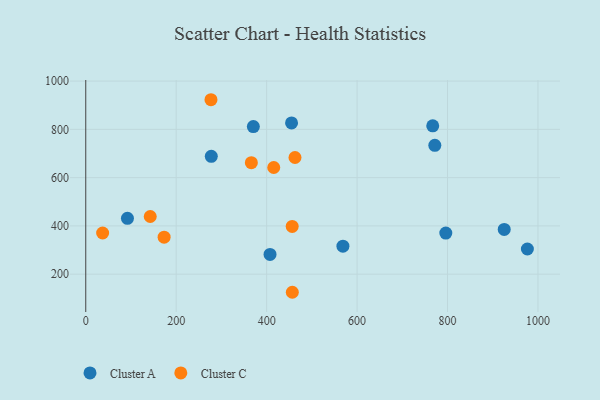
{"axis": {"x": "Speed", "y": "Profit"}, "legend": ["Cluster A", "Cluster C"], "data": [{"x": "568.7", "y": 316.1, "type": "Cluster A"}, {"x": "976.6", "y": 304.3, "type": "Cluster A"}, {"x": "925.4", "y": 385.5, "type": "Cluster A"}, {"x": "796.2", "y": 370.4, "type": "Cluster A"}, {"x": "92.2", "y": 431.6, "type": "Cluster A"}, {"x": "771.9", "y": 734.0, "type": "Cluster A"}, {"x": "767.3", "y": 814.5, "type": "Cluster A"}, {"x": "407.5", "y": 281.8, "type": "Cluster A"}, {"x": "455.1", "y": 826.6, "type": "Cluster A"}, {"x": "277.6", "y": 688.2, "type": "Cluster A"}, {"x": "370.6", "y": 811.7, "type": "Cluster A"}, {"x": "276.9", "y": 922.8, "type": "Cluster C"}, {"x": "456.5", "y": 398.0, "type": "Cluster C"}, {"x": "456.8", "y": 125.0, "type": "Cluster C"}, {"x": "37.3", "y": 370.7, "type": "Cluster C"}, {"x": "366.2", "y": 662.0, "type": "Cluster C"}, {"x": "462.7", "y": 683.4, "type": "Cluster C"}, {"x": "142.6", "y": 438.9, "type": "Cluster C"}, {"x": "415.7", "y": 641.9, "type": "Cluster C"}, {"x": "173.3", "y": 353.3, "type": "Cluster C"}]}